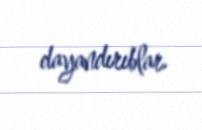
dayandırıblar.